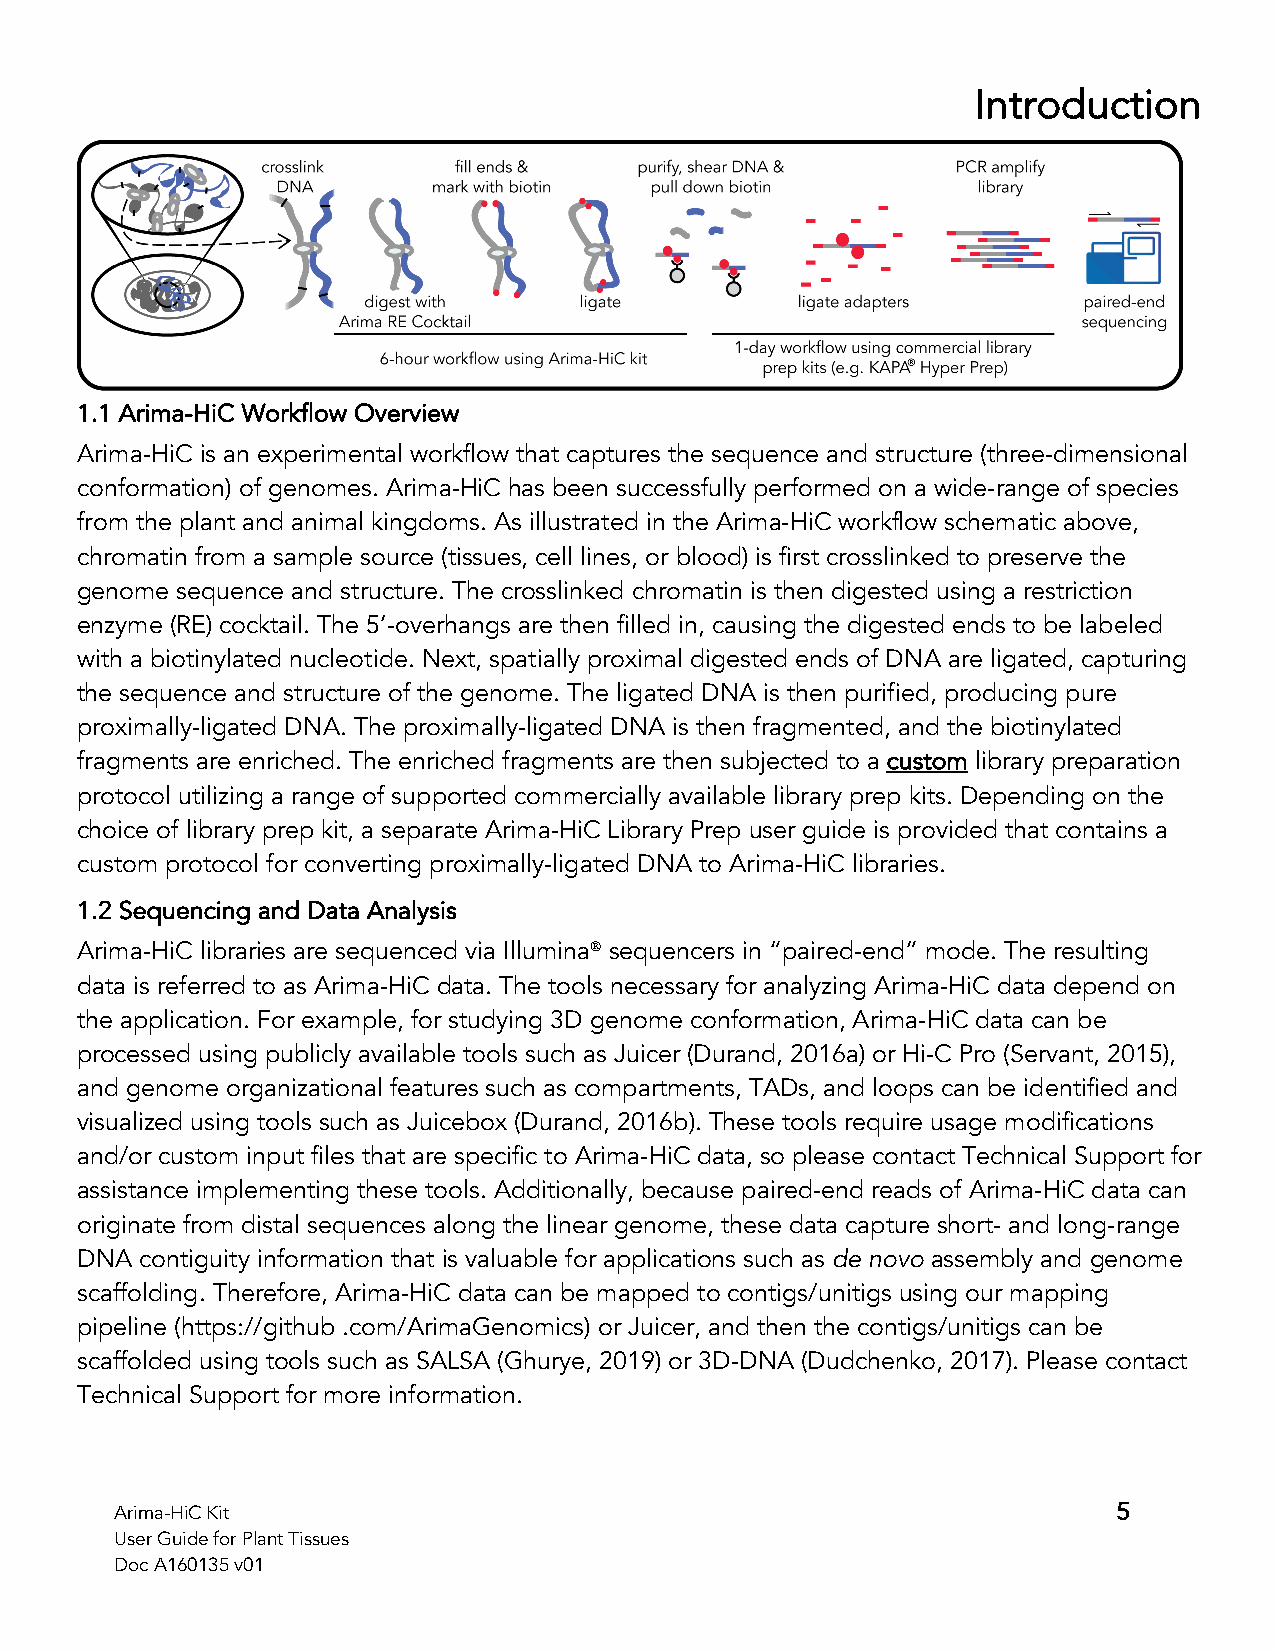
Introduction
 1.1 Arima-HiC Workflow Overview
 Arima-HiC is an experimental workflow that captures the sequence and structure (three-dimensional
 conformation) of genomes. Arima-HiC has been successfully performed on a wide-range of species
 from the plant and animal kingdoms. As illustrated in the Arima-HiC workflow schematic above,
 chromatin from a sample source (tissues, cell lines, or blood) is first crosslinked to preserve the
 genome sequence and structure. The crosslinked chromatin is then digested using a restriction
 enzyme (RE) cocktail. The 5’-overhangs are then filled in, causing the digested ends to be labeled
 with a biotinylated nucleotide. Next, spatially proximal digested ends of DNA are ligated, capturing
 the sequence and structure of the genome. The ligated DNA is then purified, producing pure
 proximally-ligated DNA. The proximally-ligated DNA is then fragmented, and the biotinylated
 fragments are enriched. The enriched fragments are then subjected to a custom library preparation
 protocol utilizing a range of supported commercially available library prep kits. Depending on the
 choice of library prep kit, a separate Arima-HiC Library Prep user guide is provided that contains a
 custom protocol for converting proximally-ligated DNA to Arima-HiC libraries.
 1.2 Sequencing and Data Analysis
 Arima-HiC libraries are sequenced via IlluminaÒ sequencers in “paired-end” mode. The resulting
 data is referred to as Arima-HiC data. The tools necessary for analyzing Arima-HiC data depend on
 the application. For example, for studying 3D genome conformation, Arima-HiC data can be
 processed using publicly available tools such as Juicer (Durand, 2016a) or Hi-C Pro (Servant, 2015),
 and genome organizational features such as compartments, TADs, and loops can be identified and
 visualized using tools such as Juicebox (Durand, 2016b). These tools require usage modifications
 and/or custom input files that are specific to Arima-HiC data, so please contact Technical Support for
 assistance implementing these tools. Additionally, because paired-end reads of Arima-HiC data can
 originate from distal sequences along the linear genome, these data capture short- and long-range
 DNA contiguity information that is valuable for applications such as de novo assembly and genome
 scaffolding. Therefore, Arima-HiC data can be mapped to contigs/unitigs using our mapping
 pipeline (https://github .com/ArimaGenomics) or Juicer, and then the contigs/unitigs can be
 scaffolded using tools such as SALSA (Ghurye, 2019) or 3D-DNA (Dudchenko, 2017). Please contact
 Technical Support for more information.
 Arima-HiC Kit                                                     5
 User Guide for Plant Tissues
 Doc A160135 v01